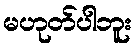
မဟုတ်ပါဘူး